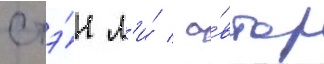
стэ́н л'и́ / а́втор